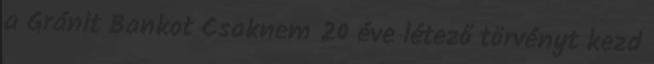
a Gránit Bankot Csaknem 20 éve létező törvényt kezd